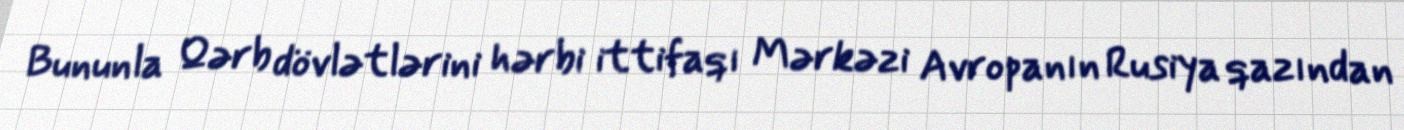
Bununla Qərb dövlətlərini hərbi ittifaqı Mərkəzi Avropanın Rusiya qazından